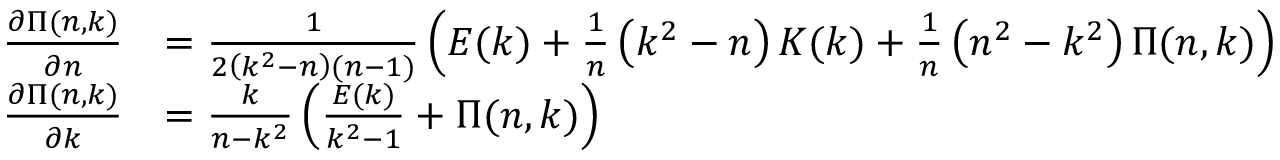
{ \begin{array} { r l } { { \frac { \partial \Pi ( n , k ) } { \partial n } } } & { = { \frac { 1 } { 2 \left( k ^ { 2 } - n \right) ( n - 1 ) } } \left( E ( k ) + { \frac { 1 } { n } } \left( k ^ { 2 } - n \right) K ( k ) + { \frac { 1 } { n } } \left( n ^ { 2 } - k ^ { 2 } \right) \Pi ( n , k ) \right) } \\ { { \frac { \partial \Pi ( n , k ) } { \partial k } } } & { = { \frac { k } { n - k ^ { 2 } } } \left( { \frac { E ( k ) } { k ^ { 2 } - 1 } } + \Pi ( n , k ) \right) } \end{array} }